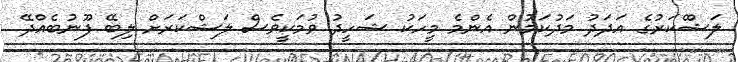
ލަޝްްކަރުގެ އަދަދު މަދުކަމުން އެންމެ މީހަކު ޝަހީދު ވުމަކީވެސް ލަޝްކަރަށް ލިބޭ ފޫނުބެއްދޭ